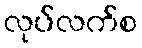
လုပ်လက်စ